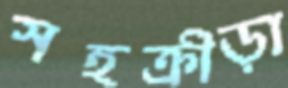
সহক্রীড়া